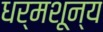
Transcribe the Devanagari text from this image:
धर्मशून्य